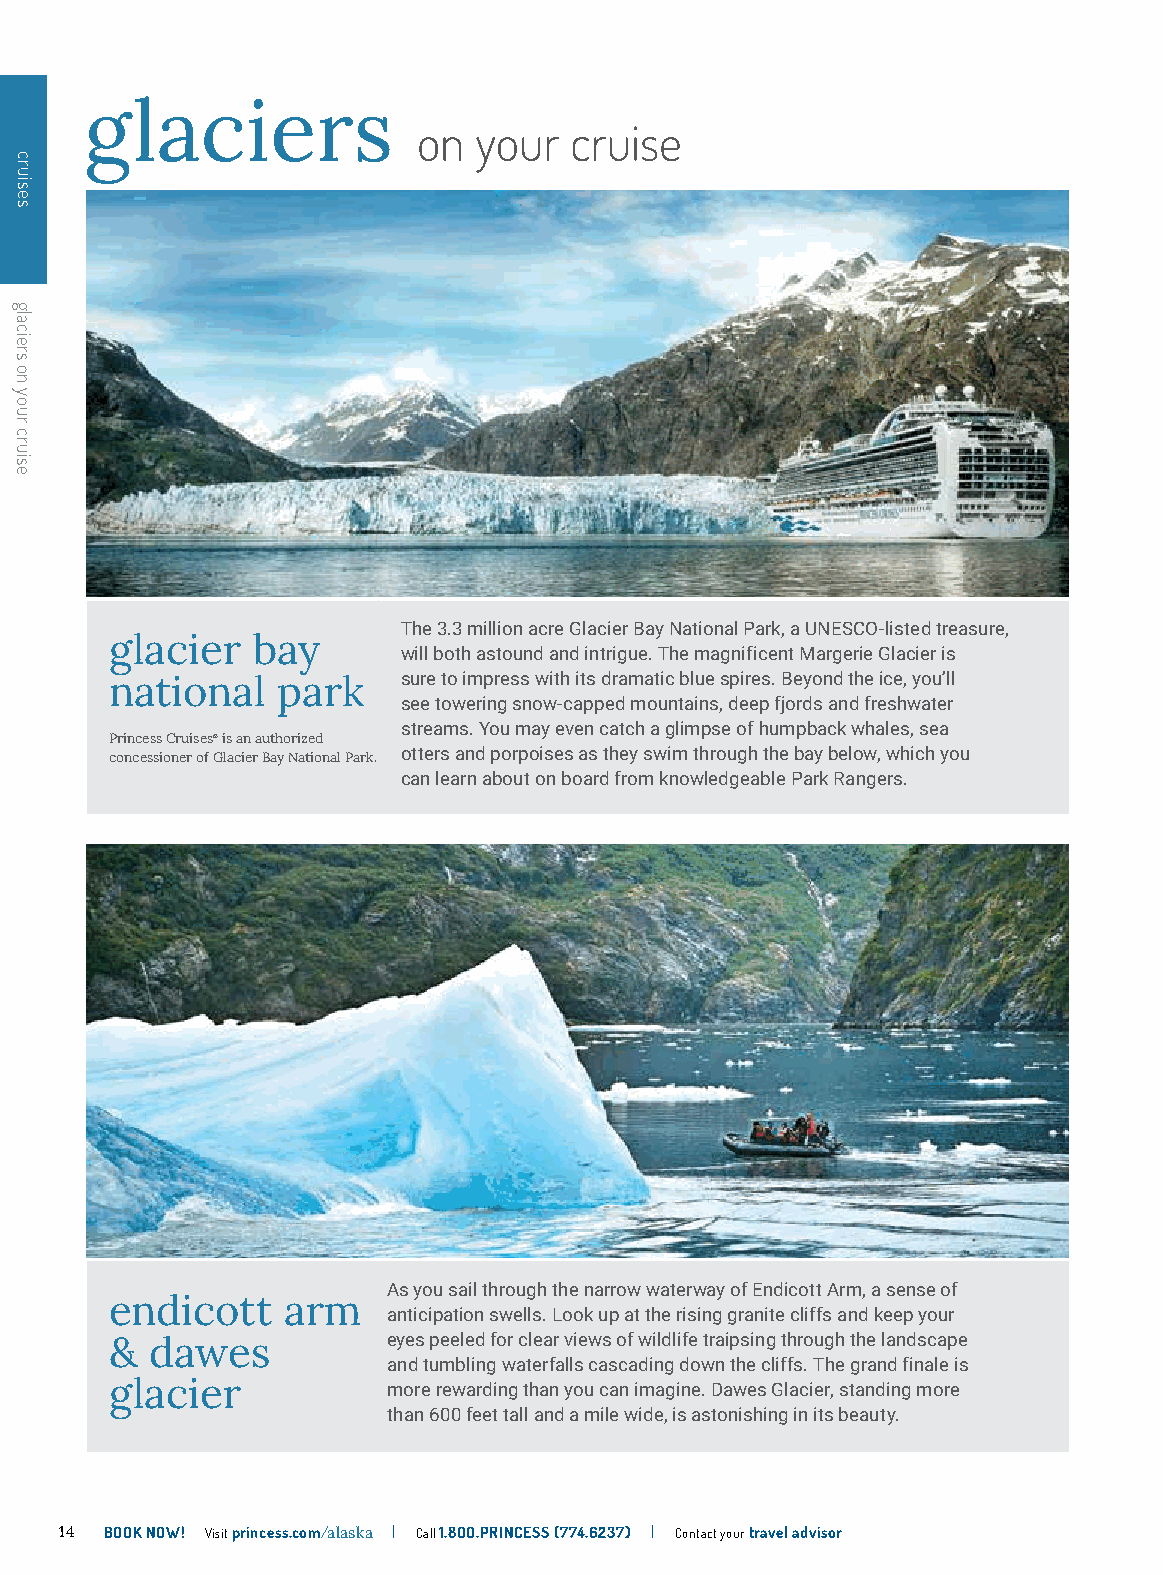
glaciers
 on your   cruise
 The 3.3 million acre Glacier Bay National Park, a UNESCO-listed treasure,
 glacier   bay
 will both astound and intrigue. The magnificent Margerie Glacier is
 national   park     sure to impress with its dramatic blue spires. Beyond the ice, you’ll
 see towering snow-capped mountains, deep fjords and freshwater
 streams. You may even catch a glimpse of humpback whales, sea
 Princess Cruises® is an authorized
 concessioner of Glacier Bay National Park. otters and porpoises as they swim through the bay below, which you
 can learn about on board from knowledgeable Park Rangers.
 As you sail through the narrow waterway of Endicott Arm, a sense of
 endicott    arm
 anticipation swells. Look up at the rising granite cliffs and keep your
 &  dawes           eyes peeled for clear views of wildlife traipsing through the landscape
 and tumbling waterfalls cascading down the cliffs. The grand finale is
 glacier            more rewarding than you can imagine. Dawes Glacier, standing more
 than 600 feet tall and a mile wide, is astonishing in its beauty.
 14 BOOK NOW! Visit princess.com/alaska | Call 1.8OO.PRINCESS (774.6237) | Contact your travel advisor
 cruises
 glaciers
 on
 your
 cruise